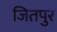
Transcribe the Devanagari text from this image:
जितपुर